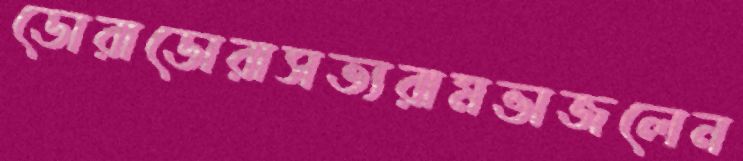
ডোরাডোরাসত্যরামভাজলেন